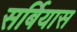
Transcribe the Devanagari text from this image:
सर्बियास